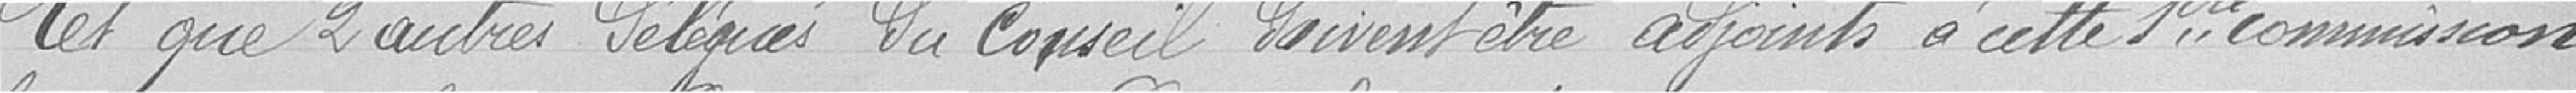
et que 2 autres délégués du conseil doivent être adjoints à cette première commission